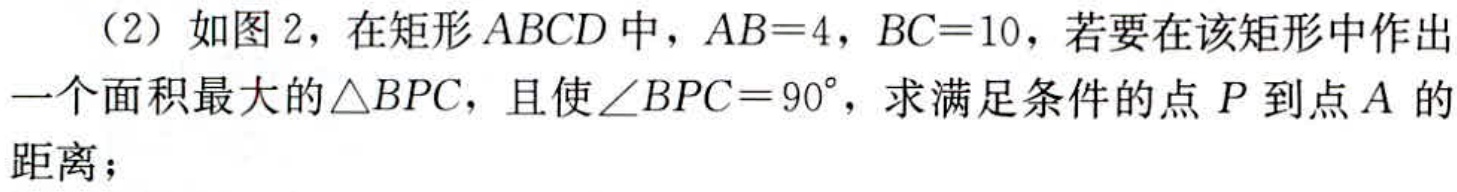
（2）如图2，在矩形\(ABCD\)中，\(AB = 4\)，\(BC = 10\)，若要在该矩形中作出一个面积最大的\(\triangle BPC\)，且使\(\angle BPC = 90^{\circ}\)，求满足条件的点\(P\)到点\(A\)的距离；